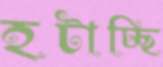
হটাচ্ছি